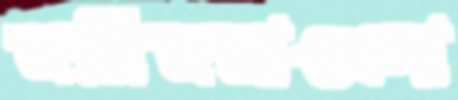
জমিজমাগুলো